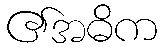
၏အဓိက